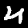
Label: 4